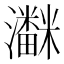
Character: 𱪌